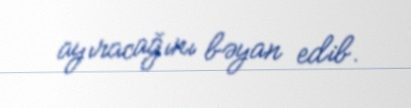
ayıracağını bəyan edib.